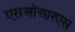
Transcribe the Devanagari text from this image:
एसओआरएस